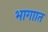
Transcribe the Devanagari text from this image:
भागाात